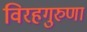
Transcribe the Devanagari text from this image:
विरहगुरुणां